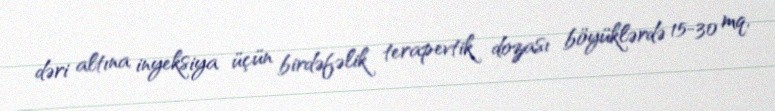
dəri altına inyeksiya üçün birdəfəlik terapevtik dozası böyüklərdə 15-30 mq,